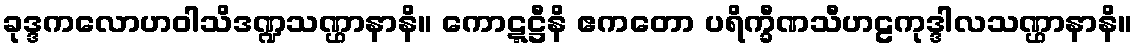
ခုဒ္ဒကလောဟဝါသိဒဏ္ဍသဏ္ဌာနာနိ။ ကောဋ္ဋဋ္ဌီနိ ဧကတော ပရိက္ခီဏသီဟဠကုဒ္ဒါလသဏ္ဌာနာနိ။